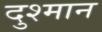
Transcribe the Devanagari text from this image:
दुश्मान